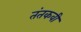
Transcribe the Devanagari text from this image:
तंतकवी